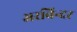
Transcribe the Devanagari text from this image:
अरविन्दर